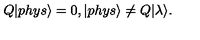
Q | p h y s \rangle = 0 , | p h y s \rangle \ne Q | \lambda \rangle .